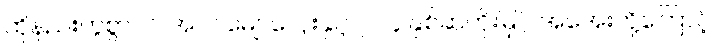
ထိုနည်းတူစွာပင် အပင်မျှောလှေးနှင့် ၇၁၄ နှစ်ဆတိုးမြှင့် အအေးတို့ကြောင့်